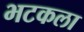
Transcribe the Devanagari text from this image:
भटकला